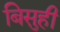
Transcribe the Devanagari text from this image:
बिसुही